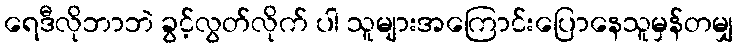
ရေဒီလိုဘာဘဲ ခွင့်လွတ်လိုက် ပါ သူများအကြောင်းပြောနေသူမှန်တမျှ